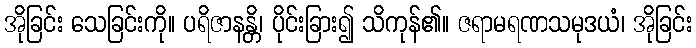
အိုခြင်း သေခြင်းကို။ ပရိဇာနန္တိ၊ ပိုင်းခြား၍ သိကုန်၏။ ဇရာမရဏသမုဒယံ၊ အိုခြင်း